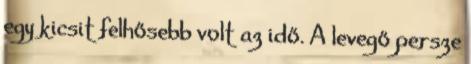
egy kicsit felhősebb volt az idő. A levegő persze